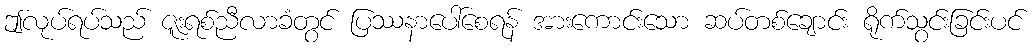
ဤလုပ်ရပ်သည် ဇူးရစ်ညီလာခံတွင် ပြဿနာပေါ်စေရန် အားကောင်းသော ဆပ်တစ်ချောင်း ရိုက်သွင်းခြင်းပင်